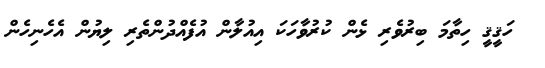
ހަޤީޤީ ހިތާމަ ބިރުވެރި ޅެން ކުރުވާހަކަ އިއުލާން އުފެއްދުންތެރި ލިޔުން އެހެނިހެން